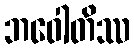
ဘဝေါတိဿ